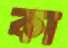
কা